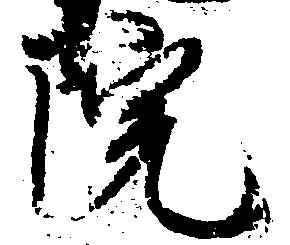
院